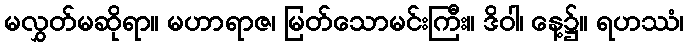
မလွှတ်မဆိုရာ။ မဟာရာဇ၊ မြတ်သောမင်းကြီး။ ဒိဝါ၊ နေ့၌။ ရဟဿံ၊